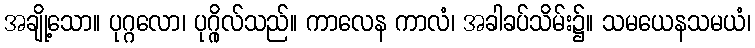
အချို့သော။ ပုဂ္ဂလော၊ ပုဂ္ဂိုလ်သည်။ ကာလေန ကာလံ၊ အခါခပ်သိမ်း၌။ သမယေနသမယံ၊